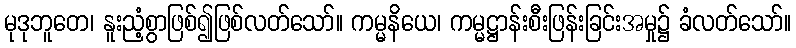
မုဒုဘူတေ၊ နူးညံ့စွာဖြစ်၍ဖြစ်လတ်သော်။ ကမ္မနိယေ၊ ကမ္မဋ္ဌာန်းစီးဖြန်းခြင်းအမှု၌ ခံလတ်သော်။